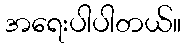
အရေးပါပါတယ်။